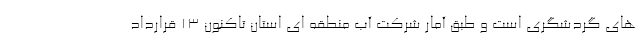
های گردشگری است و طبق آمار شرکت آب منطقه ای استان تاکنون ۱۳ قرارداد